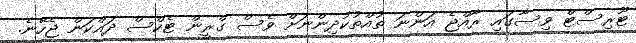
ޓޫރިސްޓް ވިސާގައި ރާއްޖެ އަންނަ ތުއްތުކުދިންނަށް ވެސް ގްރީން ޓެކްސް ދައްކަން ޖެހޭނެ.